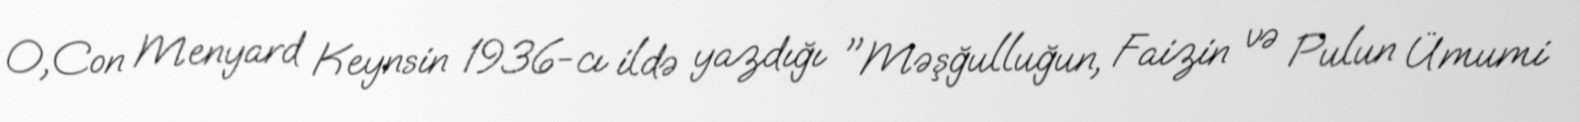
O,Con Menyard Keynsin 1936-cı ildə yazdığı "Məşğulluğun, Faizin və Pulun Ümumi